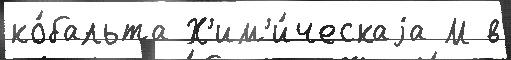
ко́бальта Х'им'и́ческаjа М в